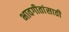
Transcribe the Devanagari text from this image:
भावगीतांसाठी